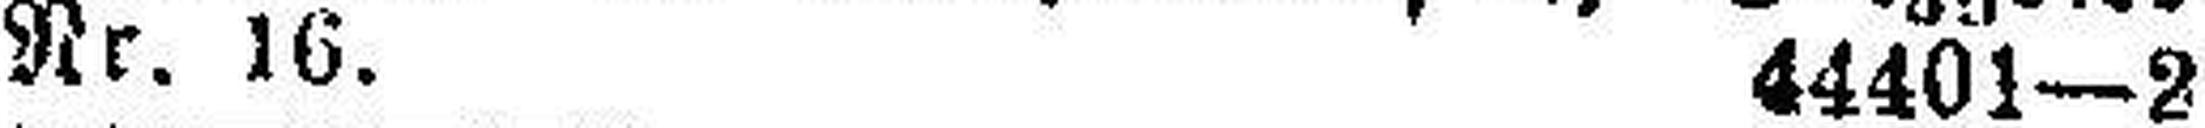
Nr. 16. 44401—2